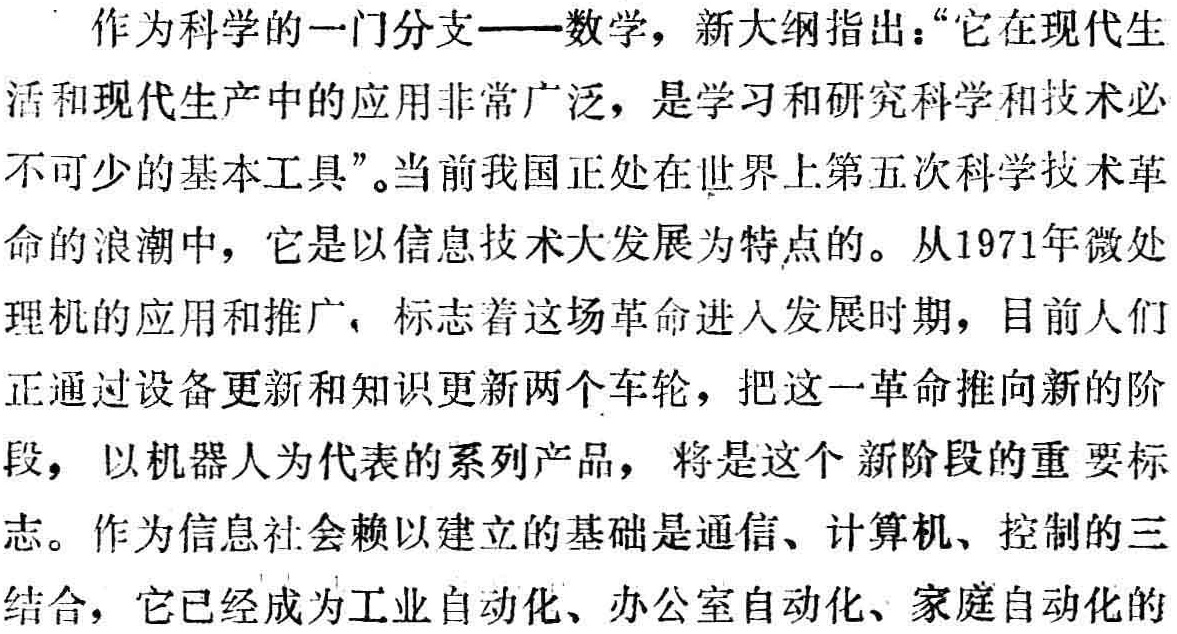
作为科学的一门分支——数学，新大纲指出：“它在现代生

活和现代生产中的应用非常广泛，是学习和研究科学和技术必

不可少的基本工具”。当前我国正处在世界上第五次科学技术革

命的浪潮中，它是以信息技术大发展为特点的。从1971年微处

理机的应用和推广，标志着这场革命进人发展时期，目前人们

正通过设备更新和知识更新两个车轮，把这一革命推向新的阶

段，以机器人为代表的系列产品，将是这个新阶段的重要标

志。作为信息社会赖以建立的基础是通信、计算机、控制的三

结合，它已经成为工业自动化、办公室自动化、家庭自动化的